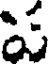
ప